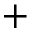
+